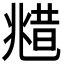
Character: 𠒮